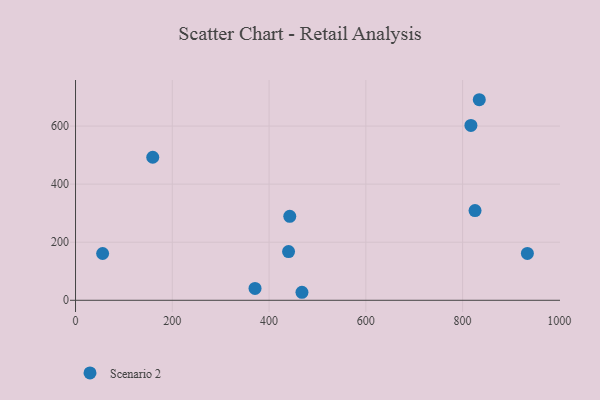
{"axis": {"x": "Study Hours", "y": "Fuel Efficiency"}, "legend": ["Scenario 2"], "data": [{"x": "371.0", "y": 41.0, "type": "Scenario 2"}, {"x": "834.5", "y": 690.7, "type": "Scenario 2"}, {"x": "468.0", "y": 27.6, "type": "Scenario 2"}, {"x": "933.9", "y": 161.5, "type": "Scenario 2"}, {"x": "440.3", "y": 167.7, "type": "Scenario 2"}, {"x": "817.2", "y": 602.2, "type": "Scenario 2"}, {"x": "56.0", "y": 161.1, "type": "Scenario 2"}, {"x": "159.6", "y": 492.6, "type": "Scenario 2"}, {"x": "442.8", "y": 289.0, "type": "Scenario 2"}, {"x": "825.7", "y": 308.8, "type": "Scenario 2"}]}